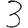
Digit: 3